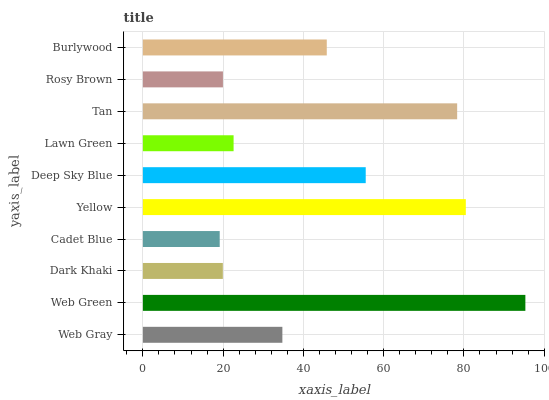
| yaxis_label | bars |
 | --- | --- |
 | Web Gray | 34.8 |
 | Web Green | 95.3 |
 | Dark Khaki | 19.9 |
 | Cadet Blue | 19.2 |
 | Yellow | 80.5 |
 | Deep Sky Blue | 55.5 |
 | Lawn Green | 22.6 |
 | Tan | 78.3 |
 | Rosy Brown | 20 |
 | Burlywood | 45.8 |